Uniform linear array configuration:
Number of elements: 48
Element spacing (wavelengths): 0.25
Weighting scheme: binomial
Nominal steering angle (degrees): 0
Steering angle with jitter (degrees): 0.8935
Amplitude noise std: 0.05
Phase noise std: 0.05

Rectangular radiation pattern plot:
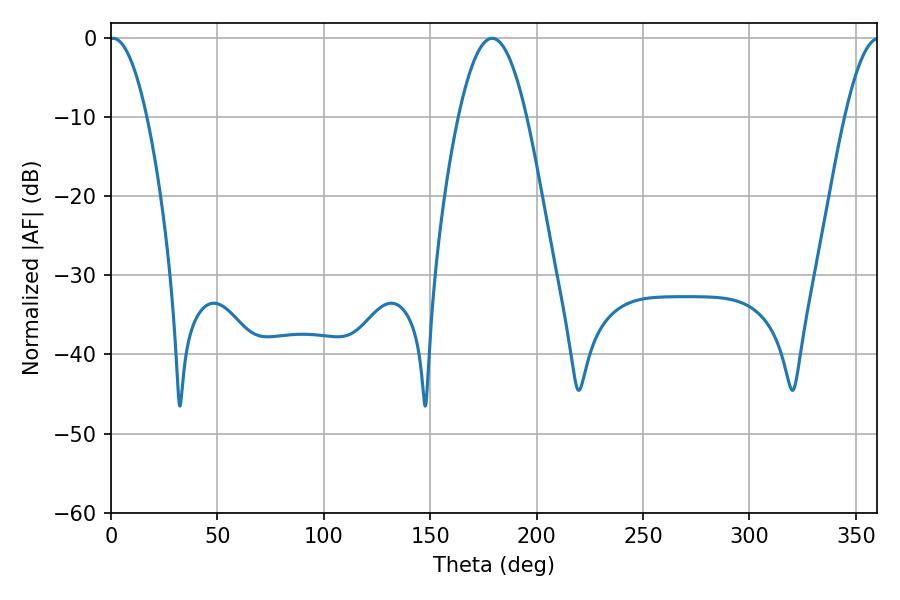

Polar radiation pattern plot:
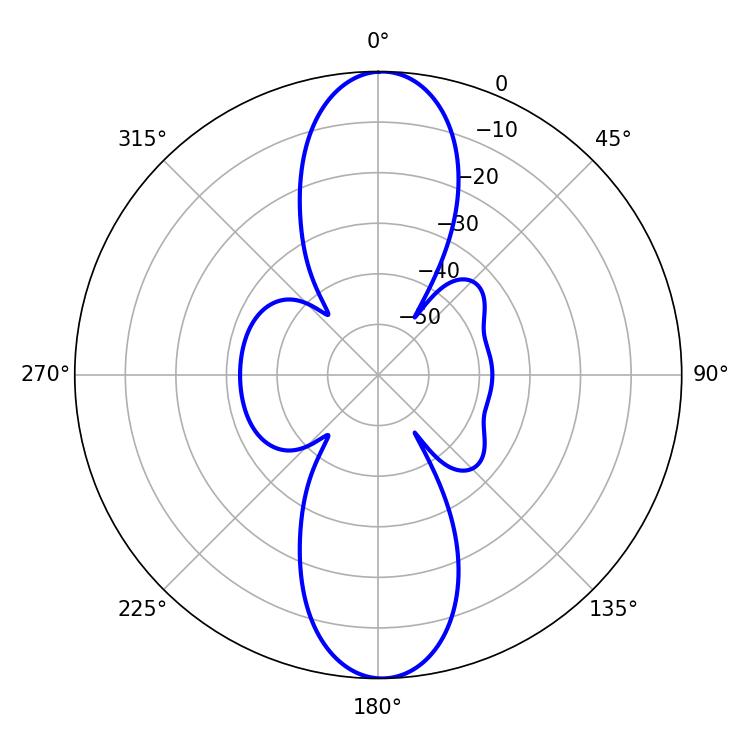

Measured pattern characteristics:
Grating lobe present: FALSE
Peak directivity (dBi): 23.65
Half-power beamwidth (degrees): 9.54
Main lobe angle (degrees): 0.9